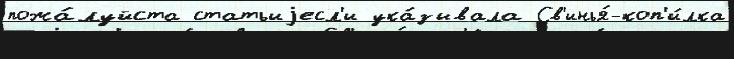
пожа́луйста статьиjесл'и ука́зывала Св'инья́-коп'и́лка